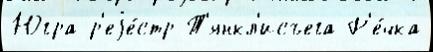
Югра р'еjе́стр Т'янкл'исъега Р'е́чка